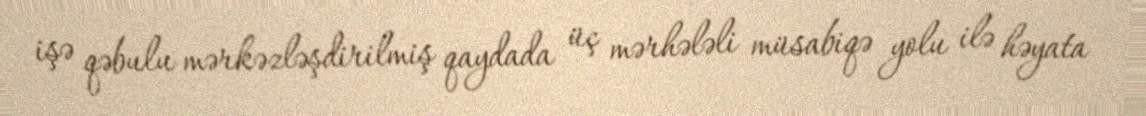
işə qəbulu mərkəzləşdirilmiş qaydada üç mərhələli müsabiqə yolu ilə həyata